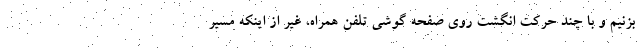
بزنیم و با چند حرکت انگشت روی صفحه گوشی تلفن همراه، غیر از اینکه مسیر